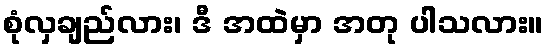
စုံလှချည်လား၊ ဒီ အထဲမှာ အတု ပါသလား။